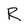
Character: R